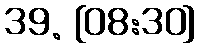
39. {08:30}